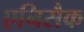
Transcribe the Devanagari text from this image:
एनिसैक